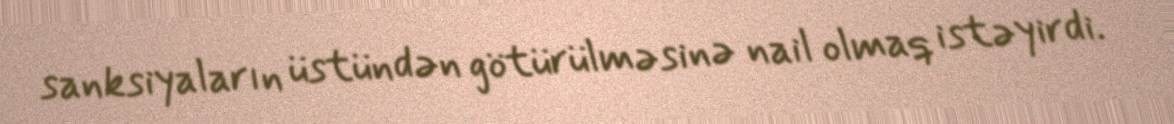
sanksiyaların üstündən götürülməsinə nail olmaq istəyirdi.